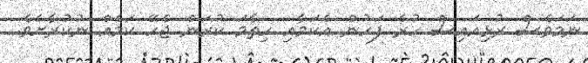
ނަމަވެސް ރުޅިއައިސް ހުރެ ފަހުން އެކަމާއި ހިތާމަ ކުރަން ޖެހޭ ކަމެއް ނުކުރާށެވެ.